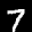
Label: 7